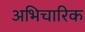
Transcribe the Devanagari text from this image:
अभिचारिक